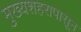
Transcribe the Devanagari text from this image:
मुख्यशहरापासून